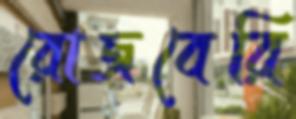
রোজবেরি